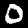
Label: 0